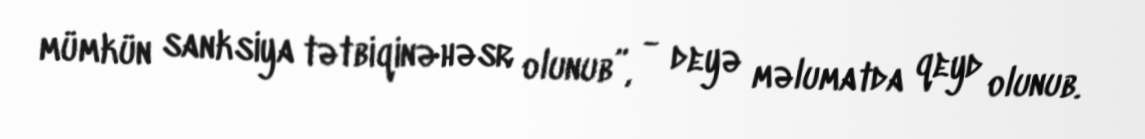
mümkün sanksiya tətbiqinə həsr olunub”, - deyə məlumatda qeyd olunub.